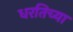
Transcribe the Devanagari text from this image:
धरतिच्या